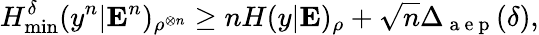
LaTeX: H_{\operatorname*{min}}^{\delta}(y^{n}|\mathbf{E}^{n})_{\rho^{\otimes n}}\geq nH(y|\mathbf{E})_{\rho}+\sqrt{n}\Delta_{\mathrm{~a~e~p~}}(\delta),